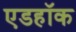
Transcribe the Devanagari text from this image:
एडहॉक